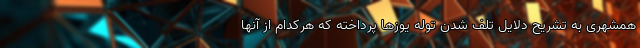
همشهری به تشریح دلایل تلف شدن توله یوزها پرداخته که هرکدام از آنها